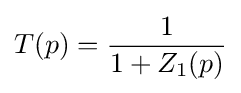
T(p)={\frac {1}{1+Z_{1}(p)}}